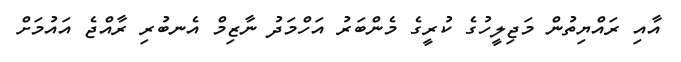
އާއި ރައްޔިތުން މަޖިލީހުގެ ކުރީގެ މެންބަރު އަހްމަދު ނާޒިމް އެނބުރި ރާއްޖެ އައުމަށް